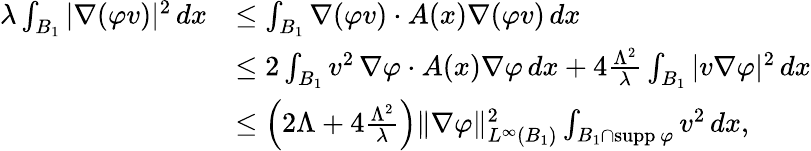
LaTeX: \begin{array}{rl}{\lambda\int_{B_{1}}|\nabla(\varphi v)|^{2}\, dx}&{\le\int_{B_{1}}\nabla(\varphi v)\cdot A(x)\nabla(\varphi v)\, dx}\\ &{\le 2\int_{B_{1}}v^{2}\, \nabla\varphi\cdot A(x)\nabla\varphi\, dx+4\frac{\Lambda^{2}}{\lambda}\int_{B_{1}}|v\nabla\varphi|^{2}\, dx}\\ &{\le\left(2\Lambda+4\frac{\Lambda^{2}}{\lambda}\right)\| \nabla\varphi\| _{L^{\infty}(B_{1})}^{2}\int_{B_{1}\cap\mathrm{supp}\, \varphi}v^{2}\, dx,}\end{array}